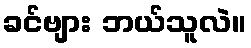
ခင်ဗျား ဘယ်သူလဲ။